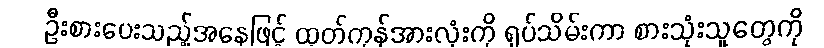
ဦးစားပေးသည့်အနေဖြင့် ထုတ်ကုန်အားလုံးကို ရုပ်သိမ်းကာ စားသုံးသူတွေကို